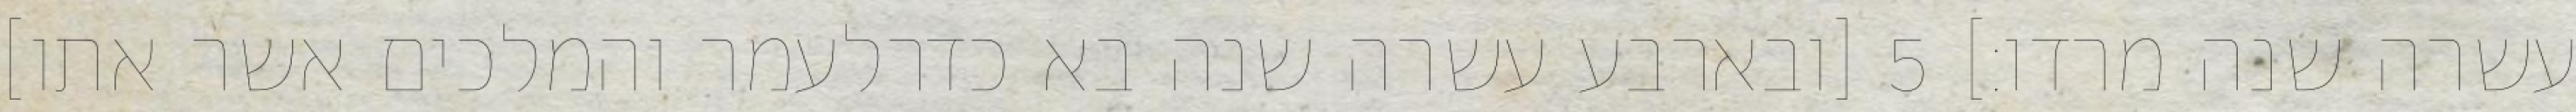
עשרה שנה מרדו׃] ‎5‏ [ובארבע עשרה שנה בא כדרלעמר והמלכים אשר אתו]